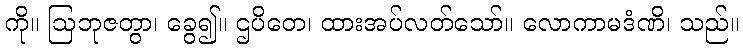
ကို။ ဩဘုဇတွာ၊ ခွေ၍။ ဌပိတေ၊ ထားအပ်လတ်သော်။ လောကာမဒံဏိ၊ သည်။